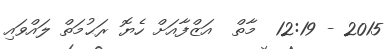
2015 - 12:19  މާތް  އަޒްފާއަށް ހެޔޮ ރަޙުމަތް ލައްވައި